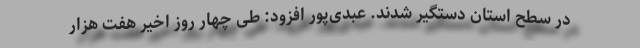
در سطح استان دستگیر شدند. عبدی‌پور افزود: طی چهار روز اخیر هفت هزار